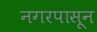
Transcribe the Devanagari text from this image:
नगरपासून